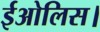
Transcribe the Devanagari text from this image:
ईओलिस।